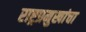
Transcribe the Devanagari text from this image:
राष्ट्रप्रमुखांचा